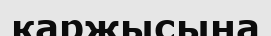
қаржысына